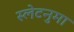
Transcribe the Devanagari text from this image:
स्लेटनुमा